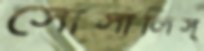
সোসালিস্